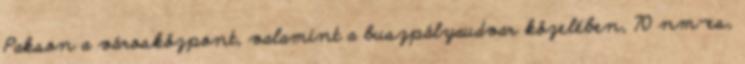
Pakson a városközpont, valamint a buszpályaudvar közelében, 70 nm-es,